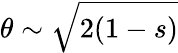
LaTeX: \theta\sim\sqrt{2(1-s)}